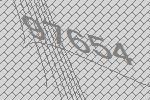
97654